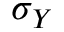
\sigma _ { Y }